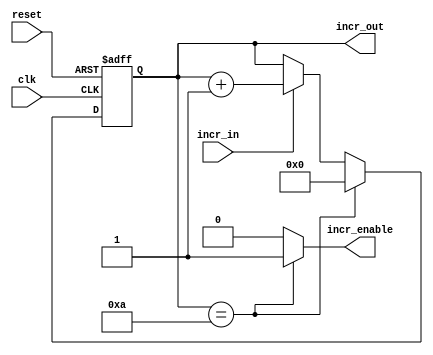
module incrementer(clk, reset, incr_in, incr_out, incr_enable);

	input clk;
	input reset; 
	input incr_in;
	output reg [3:0] incr_out;
	output reg incr_enable;
	
	reg[3:0] incr_reg, incr_next;
	always @ (posedge(clk), posedge(reset))
		begin
			if(reset==1'b1)
				incr_reg <= 4'b0000; //0000
			else
				if(incr_reg == 4'b1010)  //1010
				 
					incr_reg <= 4'b0000;   //0000
				
				else 
					incr_reg <= incr_next;
		
		end 
		always @ (*)
			begin
				if(incr_in == 1'b1) incr_next <= incr_reg + 4'b0001;
				else incr_next <= incr_reg;
				
				if(incr_reg == 4'b1010)  //if(incr_reg == 4'b1010 )  
					incr_enable <= 1'b1;
				else 	
					incr_enable <= 1'b0;
					
				incr_out <= incr_reg;
			
			end  

endmodule